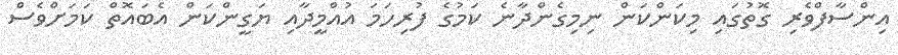
އިންސާފްވެރި ގޮތުގައި މިކަންކަން ނިމިގެންދާނެ ކަމުގެ ފުރިހަމަ އުއްމީދާއި ޔަގީންކަން އެބައޮތް ކަމަށްވެސް